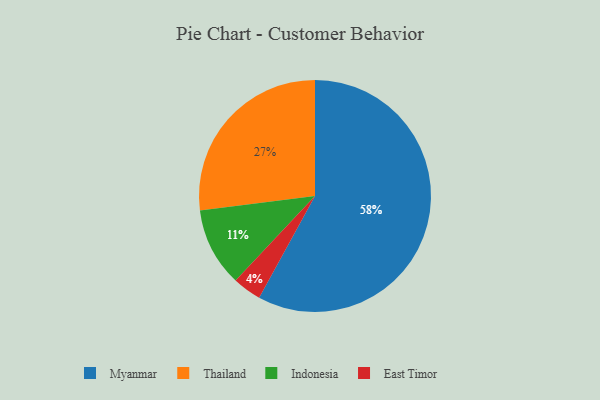
{"axis": {"x": "Category", "y": "Percentage"}, "legend": ["East Timor", "Indonesia", "Myanmar", "Thailand"], "data": [{"x": "Myanmar", "y": 58, "type": "Myanmar"}, {"x": "East Timor", "y": 4, "type": "East Timor"}, {"x": "Thailand", "y": 27, "type": "Thailand"}, {"x": "Indonesia", "y": 11, "type": "Indonesia"}]}